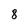
Character: 8